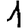
Digit: 1